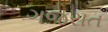
ગજરાત